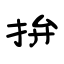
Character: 拚